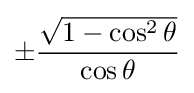
\pm {\frac {\sqrt {1-\cos ^{2}\theta }}{\cos \theta }}